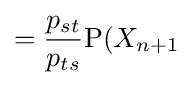
={\frac {p_{st}}{p_{ts}}}{\text{P}}(X_{n+1}